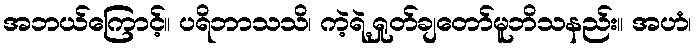
အဘယ်ကြောင့်။ ပရိဘာသသိ၊ ကဲ့ရဲ့ရှုတ်ချတော်မူဘိသနည်း။ အဟံ၊